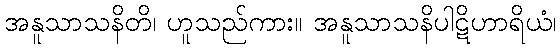
အနူသာသနိတိ၊ ဟူသည်ကား။ အနူသာသနိပါဋိဟာရိယံ၊